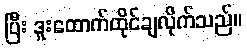
ပြီး ဒူးထောက်ထိုင်ချလိုက်သည်။